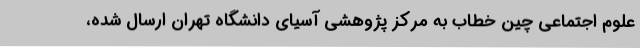
علوم اجتماعی چین خطاب به مرکز پژوهشی آسیای دانشگاه تهران ارسال شده،